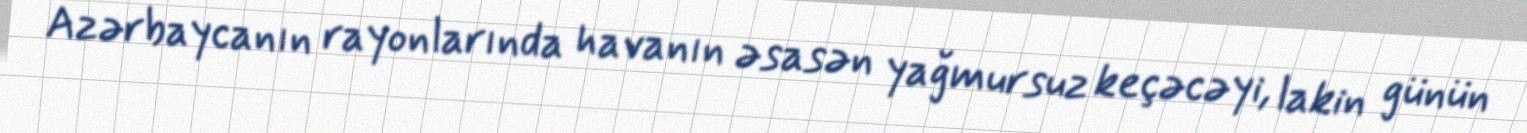
Azərbaycanın rayonlarında havanın əsasən yağmursuz keçəcəyi, lakin günün